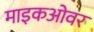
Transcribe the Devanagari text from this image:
माइकओवर